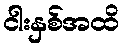
ငါးနှစ်အထိ